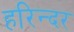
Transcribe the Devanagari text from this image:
हरिन्दर